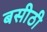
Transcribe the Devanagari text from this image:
बसीठी